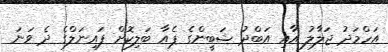
އަހްމަދު ޖަލާލު އާއި އަބްދު ޝަބީންގެ ޕެއާ ބަލިކޮށް ފައިނަލްގެ ދެ ވަނަ